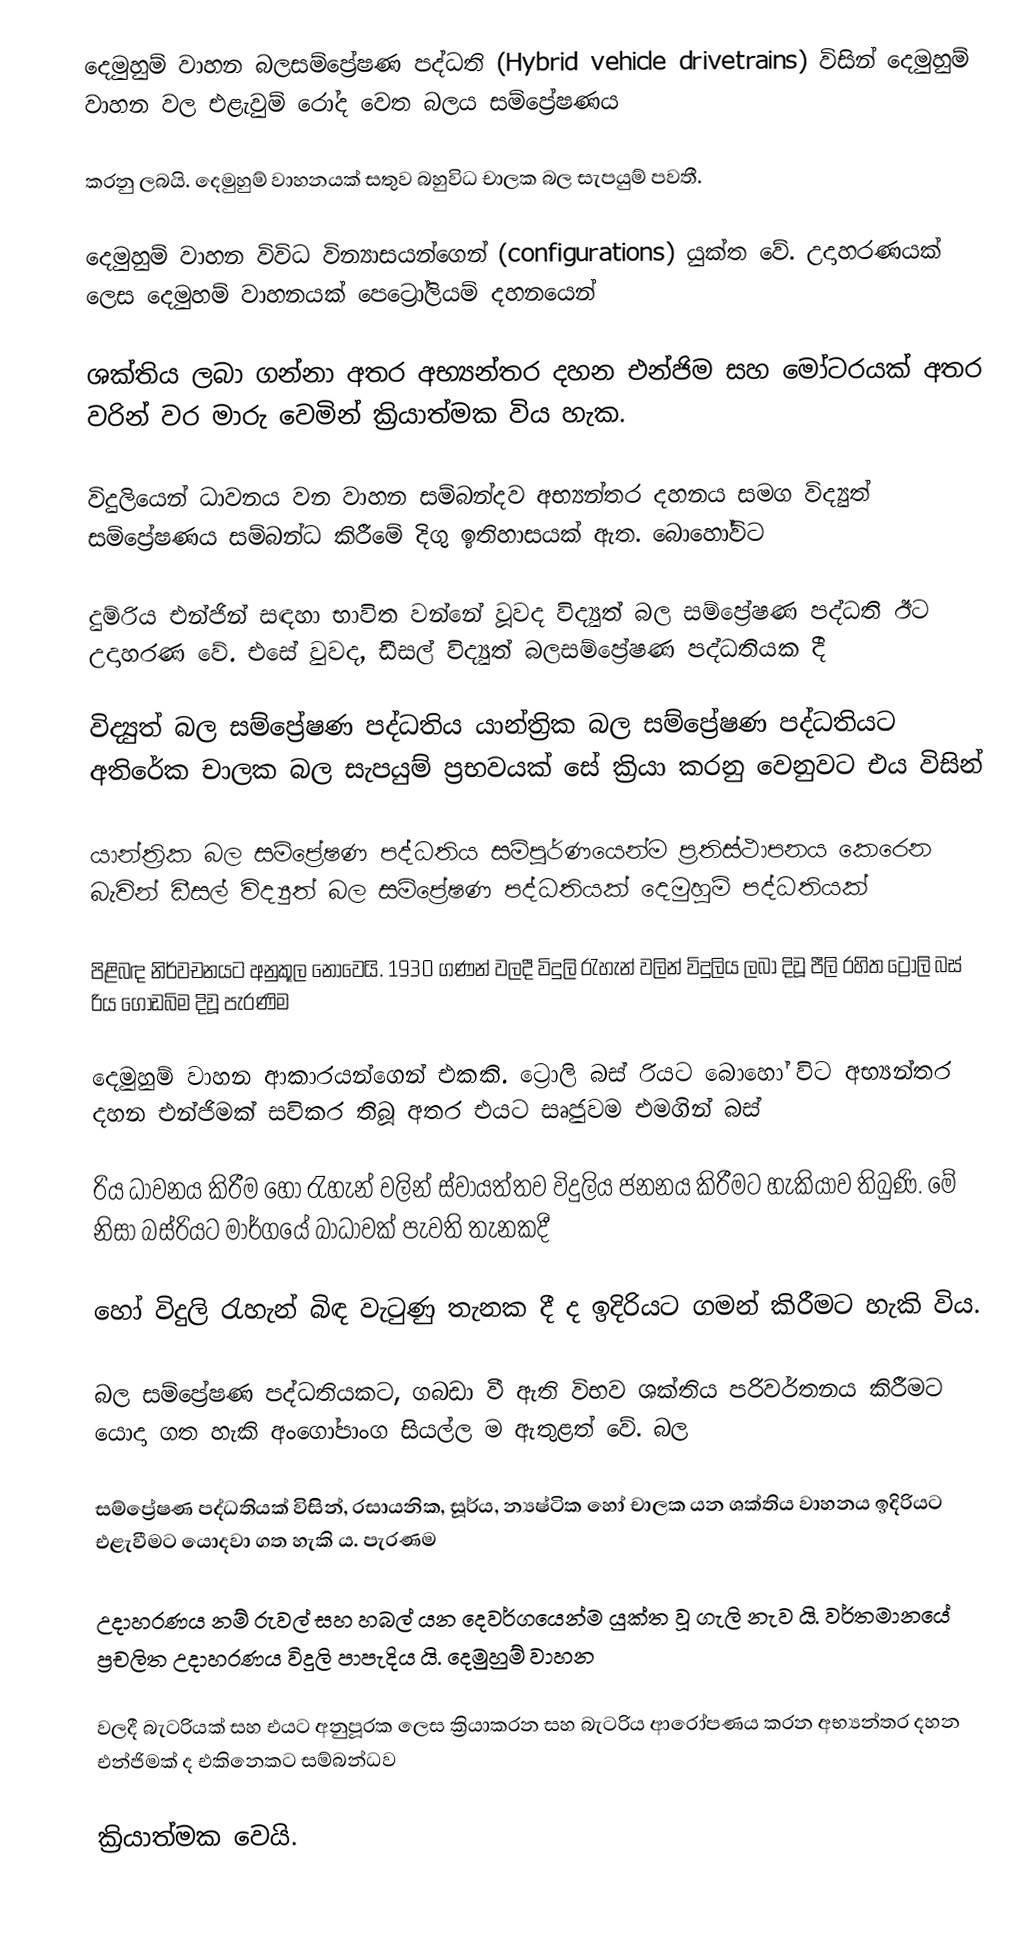
දෙමුහුම් වාහන බලසම්ප්‍රේෂණ පද්ධති (Hybrid vehicle drivetrains) විසින් දෙමුහුම් වාහන වල එළැවුම් රෝද වෙත බලය සම්ප්‍රේෂණය

කරනු ලබයි. දෙමුහුම් වාහනයක් සතුව බහුවිධ චාලක බල සැපයුම් පවතී.

දෙමුහුම් වාහන විවිධ වින්‍යාසයන්ගෙන් (configurations) යුක්ත වේ. උදාහරණයක් ලෙස දෙමුහම් වාහනයක් පෙට්‍රෝලියම් දහනයෙන්

ශක්තිය ලබා ගන්නා අතර අභ්‍යන්තර දහන එන්ජිම සහ මෝටරයක් අතර වරින් වර මාරු වෙමින් ක්‍රියාත්මක විය හැක.

විදුලියෙන් ධාවනය වන වාහන සම්බන්දව අභ්‍යන්තර දහනය සමග විද්‍යුත් සම්ප්‍රේෂණය සම්බන්ධ කිරීමේ දිගු ඉතිහාසයක් ඇත. බොහෝවිට

දුම්රිය එන්ජින් සඳහා භාවිත වන්නේ වූවද විද්‍යුත් බල සම්ප්‍රේෂණ පද්ධති ඊට උදාහරණ වේ. එසේ වුවද, ඩීසල් විද්‍යුත් බලසම්ප්‍රේෂණ පද්ධතියක දී

විද්‍යුත් බල සම්ප්‍රේෂණ පද්ධතිය යාන්ත්‍රික බල සම්ප්‍රේෂණ පද්ධතියට අතිරේක චාලක බල සැපයුම් ප්‍රභවයක් සේ ක්‍රියා කරනු වෙනුවට  එය විසින්

යාන්ත්‍රික බල සම්ප්‍රේෂණ පද්ධතිය සම්පූර්ණයෙන්ම  ප්‍රතිස්ථාපනය කෙරෙන බැවින් ඩීසල් විද්‍යුත් බල සම්ප්‍රේෂණ පද්ධතියක් දෙමුහුම් පද්ධතියක්

පිළිබඳ නිර්වචනයට අනුකූල නොවෙයි. 1930 ගණන් වලදී විදුලි රැහැන් වලින් විදුලිය ලබා දිවූ පීලි රහිත ට්‍රොලි බස් රිය ගොඩබිම දිවූ පැරණිම

දෙමුහුම් වාහන ආකාරයන්ගෙන් එකකි.  ට්‍රොලි බස් රියට බොහෝ විට අභ්‍යන්තර දහන එන්ජිමක් සවිකර තිබූ අතර එයට සෘජුවම එමගින්  බස්

රිය ධාවනය කිරීම හෝ රැහැන් වලින් ස්වායත්තව විදුලිය ජනනය කිරීමට හැකියාව තිබුණි.  මේ නිසා බස්රියට මාර්ගයේ බාධාවක් පැවති තැනකදී

හෝ විදුලි රැහැන් බිඳ වැටුණු තැනක දී ද ඉදිරියට ගමන් කිරීමට හැකි විය.

බල සම්ප්‍රේෂණ පද්ධතියකට, ගබඩා වී ඇති විභව ශක්තිය පරිවර්තනය කිරීමට යොදා ගත හැකි අංගෝපාංග සියල්ල ම ඇතුළත් වේ.  බල

සම්ප්‍රේෂණ පද්ධතියක් විසින්, රසායනික, සූර්ය, න්‍යෂ්ටික හෝ චාලක යන ශක්තිය වාහනය ඉදිරියට එළැවීමට යොදවා ගත හැකි ය. පැරණම

උදාහරණය නම් රුවල් සහ හබල් යන දෙවර්ගයෙන්ම යුක්ත වූ ගැලි නැව යි.  වර්තමානයේ ප්‍රචලිත උදාහරණය විදුලි පාපැදිය යි. දෙමුහුම් වාහන

වලදී බැටරියක් සහ එයට අනුපූරක ලෙස ක්‍රියාකරන සහ බැටරිය ආරෝපණය කරන අභ්‍යන්තර දහන එන්ජිමක් ද එකිනෙකට සම්බන්ධව

ක්‍රියාත්මක වෙයි.